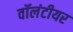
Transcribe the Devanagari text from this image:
वॉलंटीयर